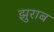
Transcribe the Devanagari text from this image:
झुराब